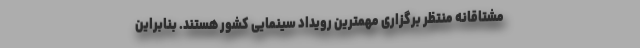
مشتاقانه منتظر برگزاری مهمترین رویداد سینمایی کشور هستند. بنابراین